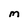
Character: M